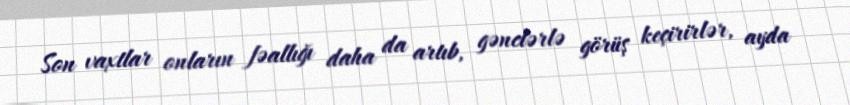
Son vaxtlar onların fəallığı daha da artıb, gənclərlə görüş keçirirlər, ayda